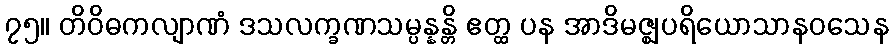
၇၅။ တိဝိဓကလျာဏံ ဒသလက္ခဏသမ္ပန္နန္တိ ဧတ္ထ ပန အာဒိမဇ္ဈပရိယောသာနဝသေန